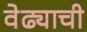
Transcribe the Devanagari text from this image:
वेढ्याची